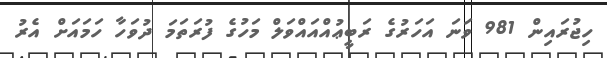
ހިޖުރައިން 981 ވަނަ އަހަރުގެ ރަބީޢުއްއައްވަލް މަހުގެ ފުރަތަމަ ދުވަހާ ހަމައަށް އެރު